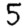
Digit: 5